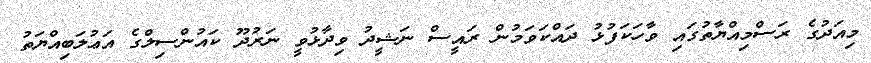
މިއަދުގެ ރަސްމިއްޔާތުގައި ވާހަކަފުޅު ދައްކަވަމުން ރައީސް ނަޝީދު ވިދާޅުވީ ނަރުދޫ ކައުންސިލްގެ އަޢުލަބިއްޔަތު